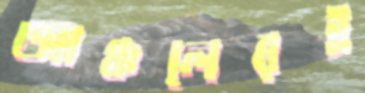
আঞ্চলেরই